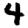
Digit: 4